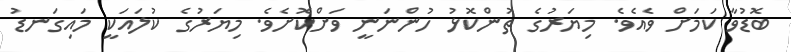
ބޮޑުވާ ކަމަށް ވެއެވެ. މިޔަރުގެ ތުންކޮޅު ހުންނަނީ ވަށްކޮށެވެ. މިޔަރުގެ ކުލައަކީ މައިގަނޑު